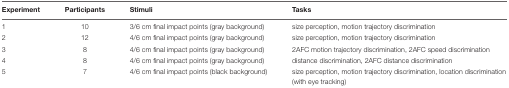
| Experiment | Participants | Stimuli | Tasks |
 | --- | --- | --- | --- |
 | 1 | 10 | 3/6 cm final impact points (gray background) | size perception, motion trajectory discrimination |
 | 2 | 12 | 4/6 cm final impact points (gray background) | size perception, motion trajectory discrimination |
 | 3 | 8 | 4/6 cm final impact points (gray background) | 2AFC motion trajectory discrimination, 2AFC speed discrimination |
 | 4 | 8 | 4/6 cm final impact points (gray background) | distance discrimination, 2AFC distance discrimination |
 | 5 | 7 | 4/6 cm final impact points (black background) | size perception, motion trajectory discrimination, location discrimination (with eye tracking) |